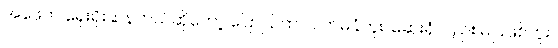
အဖေက ရှေးရိုးဆန်တယ်ဆိုတော့ ပြောပြတာ လက်မခံဘူး၊ ဆေးရုံလည်း မပြဖြစ်ဘူး။